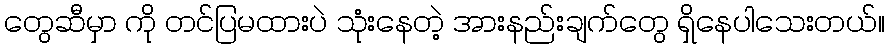
တွေဆီမှာ ကို တင်ပြမထားပဲ သုံးနေတဲ့ အားနည်းချက်တွေ ရှိနေပါသေးတယ်။